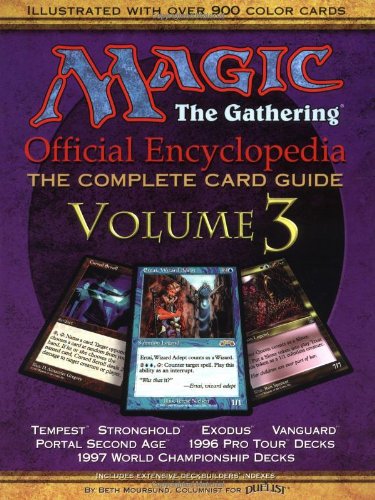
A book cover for Magic: The Gathering -- Official Encyclopedia, Volume 3: The Complete Card Guide; Beth Moursund; Science Fiction & Fantasy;